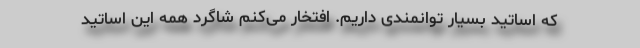
که اساتید بسیار توانمندی داریم. افتخار می‌کنم شاگرد همه این اساتید